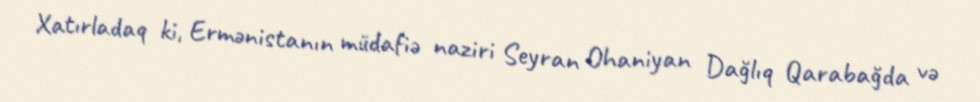
Xatırladaq ki, Ermənistanın müdafiə naziri Seyran Ohaniyan Dağlıq Qarabağda və